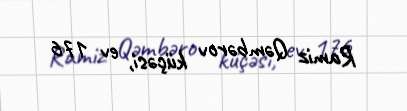
Ramiz Qəmbərov küçəsi, ev 176